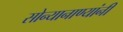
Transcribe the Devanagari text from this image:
सोन्यानाण्यांनी